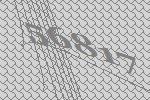
56817